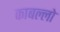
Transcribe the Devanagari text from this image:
काबल्लो